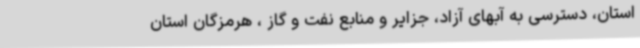
استان، دسترسی به آبهای آزاد، جزایر و منابع نفت و گاز ، هرمزگان استان